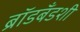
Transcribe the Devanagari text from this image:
ब्रॉडबँडशी